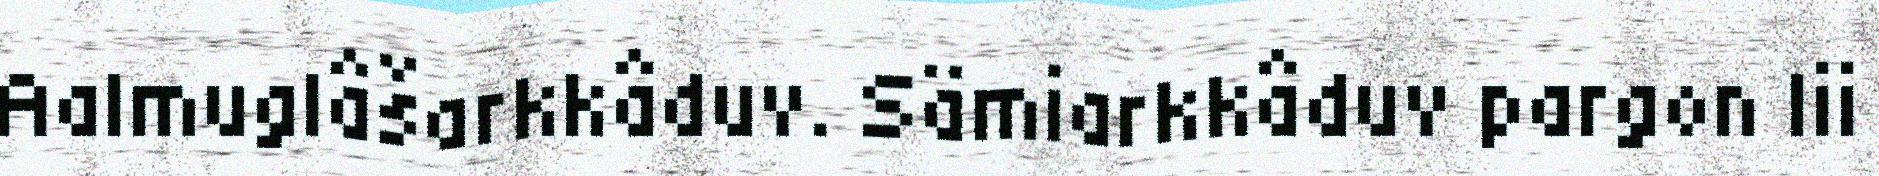
Aalmuglâšarkkâduv. Sämiarkkâduv pargon lii